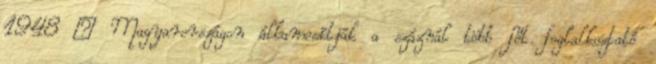
1948 – Magyarországon államosítják a száznál több főt foglalkoztató